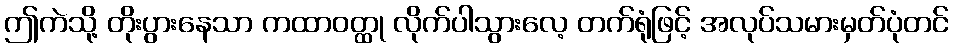
ဤကဲသို့ တိုးပွားနေသာ ကထာဝတ္ထု လိုက်ပါသွားလေ့ တက်ရုံဖြင့် အလုပ်သမားမှတ်ပုံတင်